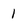
Character: 1